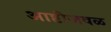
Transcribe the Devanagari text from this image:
आष्टीजवळ